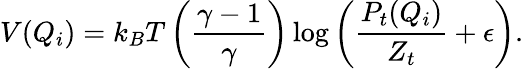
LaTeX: V(Q_{i})=k_{B}T\left(\frac{\gamma-1}{\gamma}\right)\log\left(\frac{P_{t}(Q_{i})}{Z_{t}}+\epsilon\right).